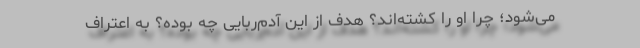
می‌شود؛ چرا او را کشته‌اند؟ هدف از این آدم‌ربایی چه بوده؟ به اعتراف